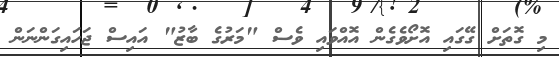
މި ގޮތަށް ގޭގައި އޮށޯވެގެން އޮއްވައި ވެސް "މަރުގެ ބާޒު" އައިސް ޖަހައިގަންނަން